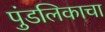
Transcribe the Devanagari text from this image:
पुंडलिकाचा